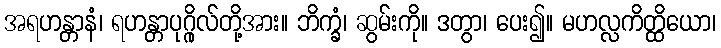
အရဟန္တာနံ၊ ရဟန္တာပုဂ္ဂိုလ်တို့အား။ ဘိက္ခံ၊ ဆွမ်းကို။ ဒတွာ၊ ပေး၍။ မဟလ္လကိတ္ထိယော၊